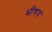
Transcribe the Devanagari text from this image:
भीषणं